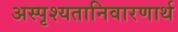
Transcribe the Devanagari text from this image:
अस्पृश्यतानिवारणार्थ